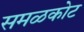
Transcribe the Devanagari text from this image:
समळकोट